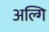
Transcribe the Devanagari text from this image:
अल्गि